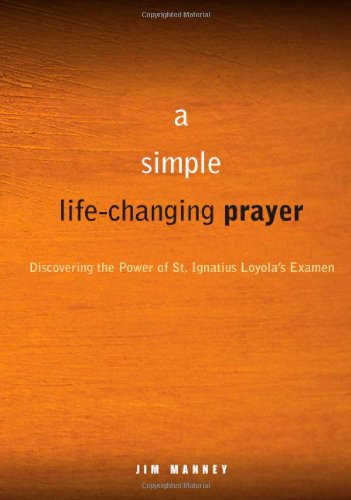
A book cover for A Simple, Life-Changing Prayer: Discovering the Power of St. Ignatius Loyola's Examen; Jim Manney; Religion & Spirituality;